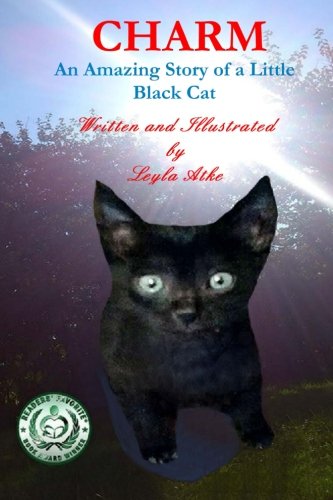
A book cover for Charm: An Amazing Story of a Little Black Cat (Volume 1); Leyla Atke; Religion & Spirituality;